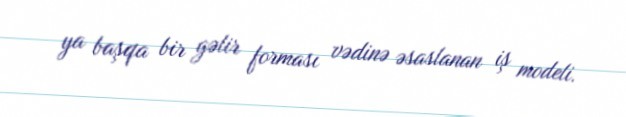
ya başqa bir gəlir forması vədinə əsaslanan iş modeli.